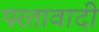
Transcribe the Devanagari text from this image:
परतावादी